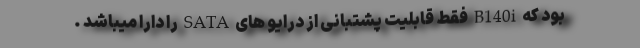
بود که B140i فقط قابلیت پشتبانی از درایو های SATA را دارا میباشد .